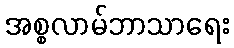
အစ္စလာမ်ဘာသာရေး